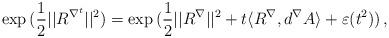
LaTeX: \begin{align*}\aligned \exp\, (\frac 12|| R^{\nabla^t} ||^2)=\exp\, (\frac 12||R ^\nabla||^2 +t \langle R ^\nabla ,d^\nabla A \rangle + \varepsilon(t^2))\, ,\endaligned\end{align*}